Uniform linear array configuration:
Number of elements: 16
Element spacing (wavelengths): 1
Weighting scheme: uniform
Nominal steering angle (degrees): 60
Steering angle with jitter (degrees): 60.294
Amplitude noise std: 0.05
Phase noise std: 0.05

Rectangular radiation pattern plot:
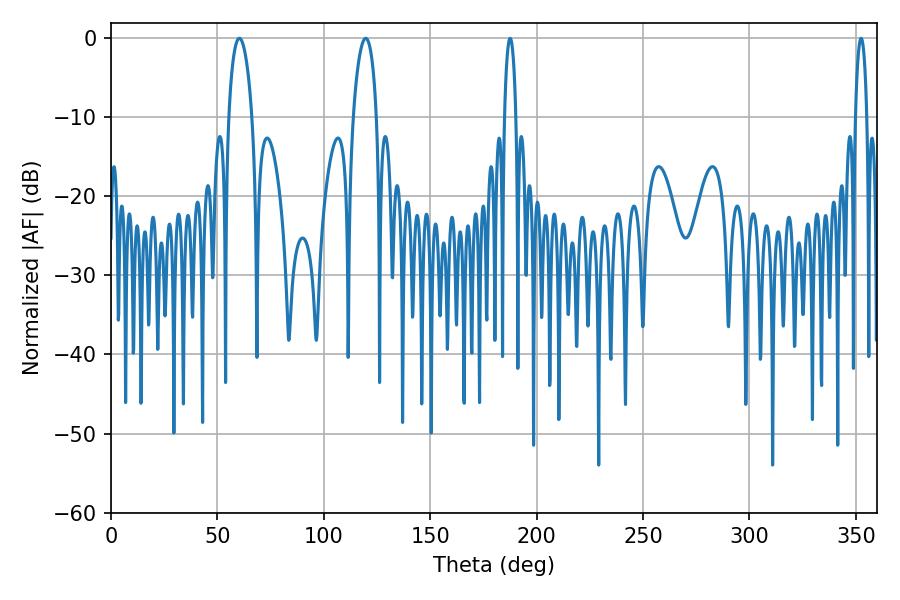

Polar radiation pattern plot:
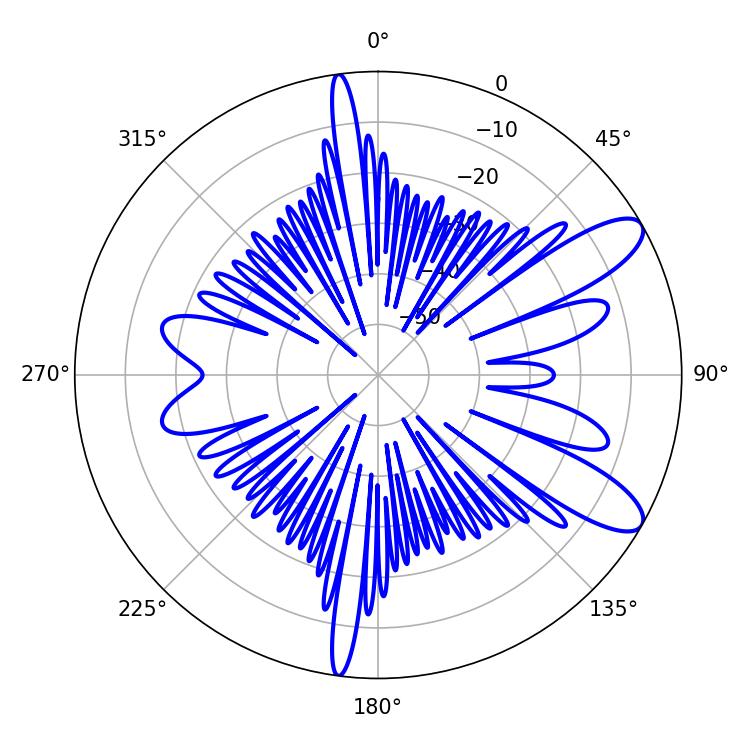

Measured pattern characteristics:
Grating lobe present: TRUE
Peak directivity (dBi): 10.186
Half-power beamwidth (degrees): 6.12
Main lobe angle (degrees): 60.3